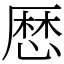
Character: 厯